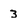
Character: 3